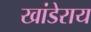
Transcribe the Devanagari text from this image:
खांडेराय